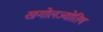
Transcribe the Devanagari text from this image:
खगोलज्योतिष